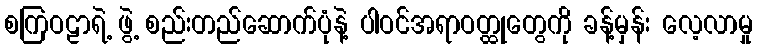
စကြဝဠာရဲ့ ဖွဲ့ စည်းတည်ဆောက်ပုံနဲ့ ပါဝင်အရာဝတ္ထုတွေကို ခန့်မှန်း လေ့လာမှု